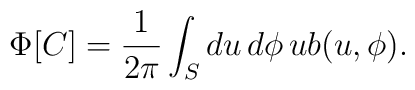
\Phi[C]=\frac{1}{2\pi}\int_S du\,d\phi\, ub(u,\phi).